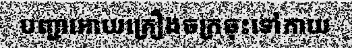
បញ្ជាអោយគ្រឿងចក្រចុះទៅកាយ